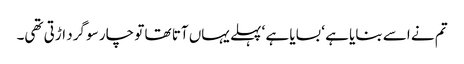
تم نے اسے بنایا ہے ‘ بسایا ہے ‘ پہلے یہاں آتا تھا تو چار سو گرد اڑتی تھی۔